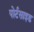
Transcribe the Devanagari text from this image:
पोर्टसाइड